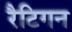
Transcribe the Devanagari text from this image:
रैटिगन